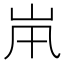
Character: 𡵵